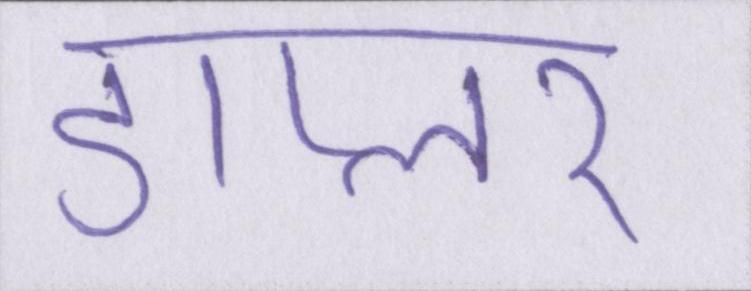
डाप्लर